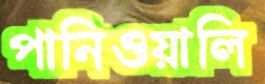
পানিওয়ালি